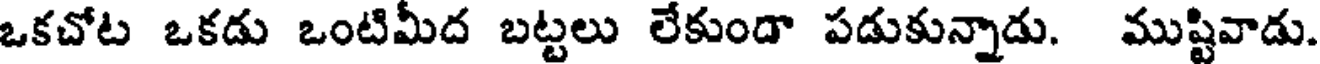
ఒకచోట ఒకడు ఒంటిమీద బట్టలు లేకుందా పడుకున్నాడు. ముష్టివాడు.